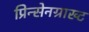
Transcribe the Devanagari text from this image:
प्रिन्सेनग्राख्ट